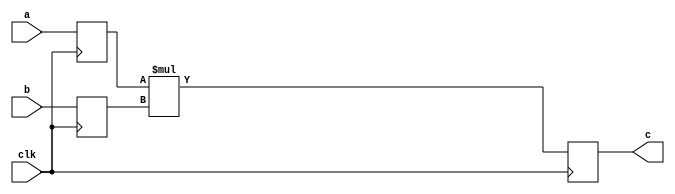
module mult_nxn (clk, a, b, c);

parameter WIDTH1 = 7;
parameter WIDTH2 = 7;

input clk;

input [WIDTH1-1:0] a;
input [WIDTH2-1:0] b;

output [WIDTH1+WIDTH2-1:0] c;

reg [WIDTH1-1:0] a_reg;
reg [WIDTH2-1:0] b_reg;
reg [WIDTH1+WIDTH2-1:0] c_reg;

always @(posedge clk) begin

		a_reg <= a;
		b_reg <= b;
		c_reg <= a_reg * b_reg;

end

assign c = c_reg;

endmodule